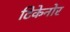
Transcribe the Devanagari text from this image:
टिकेनोर